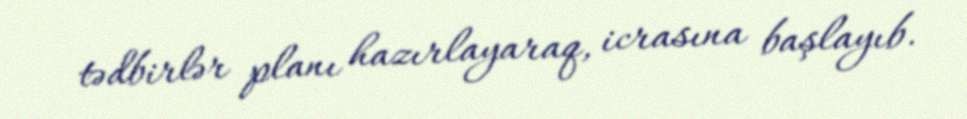
tədbirlər planı hazırlayaraq, icrasına başlayıb.